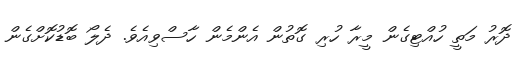
ދޮރު މަތީ ހުއްޓިގެން މީރާ ހުރި ގޮތުން އެންމެން ހާސްވިއެވެ. ދެލޯ ބޮޑުކޮށްގެން